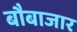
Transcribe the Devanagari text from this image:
बौबाजार